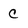
Character: C